Civil Veterinary Department. Madras. Admin. report 1926-33 - 1926-1933
Year: 1926
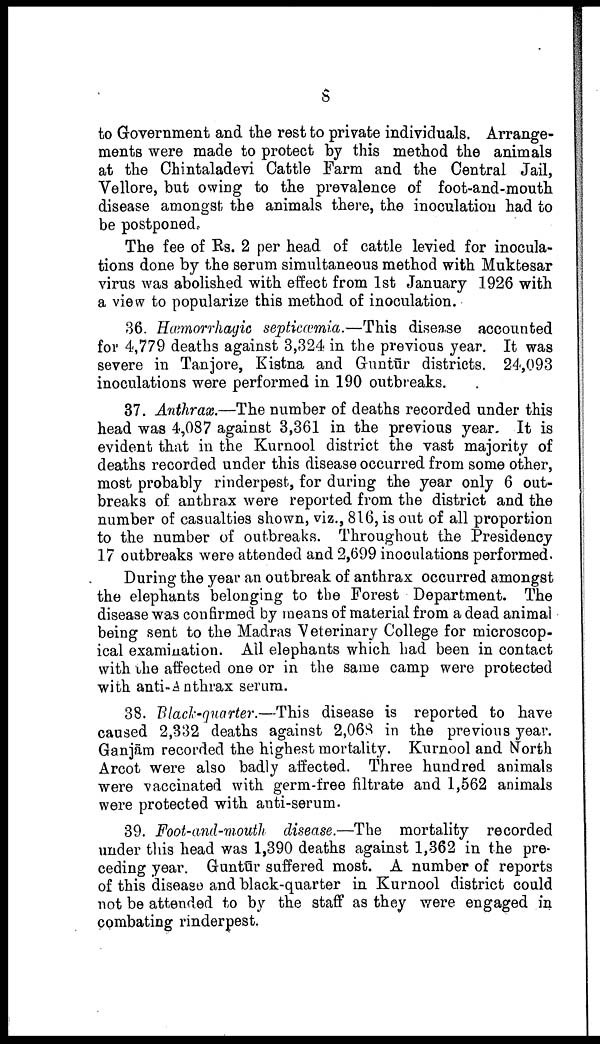
8
to Government and the rest to private individuals. Arrange
ments were made to protect by this method the animals
at the Chintaladevi Cattle Farm and the Central Jail,
Vellore, but owing to the prevalence of foot-and-mouth
disease amongst; the animals there, the inoculation had to
be postponed.
The fee of Rs. 2 per head of cattle levied for inocula
tions done by the serum simultaneous method with Muktesar
virus was abolished with effect from 1st January 1926 with
a view to popularize this method of inoculation.
36. Hæmorrhagic septicæmia.—This disease accounted
for 4,779 deaths against 3,324 in the previous year. It was
severe in Tanjore, Kistna and Guntūr districts. 24,093
inoculations were performed in 190 outbreaks.
37. Anthrax.—The number of deaths recorded under this
head was 4,087 against 3,361 in the previous year. It is
evident that in the Kurnool district the vast majority of
deaths recorded under this disease occurred from some other,
most probably rinderpest, for during the year only 6 out
breaks of anthrax were reported from the district and the
number of casualties shown, viz., 816, is out of all proportion
to the number of outbreaks. Throughout the Presidency
17 outbreaks were attended and 2,699 inoculations performed.
During the year an outbreak of anthrax occurred amongst
the elephants belonging to the Forest Department. The
disease was confirmed by means of material from a dead animal
being sent to the Madras Veterinary College for microscop
ical examination. All elephants which had been in contact
with the affected one or in the same camp were protected
with anti-anthrax serum.
38. Black-quarter.—This disease is reported to have
caused 2,332 deaths against 2,068 in the previous year.
Ganjām recorded the highest mortality. Kurnool and North
Arcot were also badly affected. Three hundred animals
were vaccinated with germ-free filtrate and 1,562 animals
were protected with anti-serum.
39. Foot-and-mouth disease.—The mortality recorded
under this head was 1,390 deaths against 1,362 in the pre
ceding year. Guntūr suffered most. A number of reports
of this disease and black-quarter in Kurnool district could
not be attended to by the staff as they were engaged in
combating rinderpest,